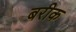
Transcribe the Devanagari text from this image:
बरीक